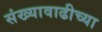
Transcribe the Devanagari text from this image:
संख्यावाढीच्या